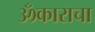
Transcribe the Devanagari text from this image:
ॐकाराचा